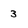
Character: 3